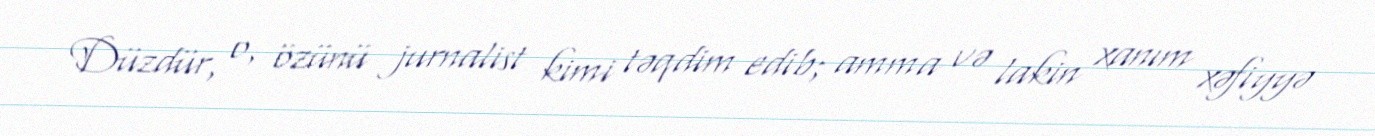
Düzdür, o, özünü jurnalist kimi təqdim edib; amma və lakin xanım xəfiyyə